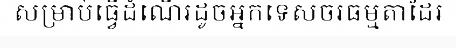
សម្រាប់ធ្វើដំណើរដូចអ្នកទេសចរធម្មតាដែរ